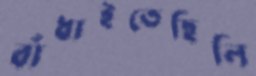
বাঁধাইতেছিলি